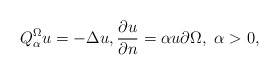
\begin{align*}Q^\Omega_\alpha u=-\Delta u, \dfrac{\partial u}{\partial n}=\alpha u \partial\Omega, \ \alpha>0,\end{align*}